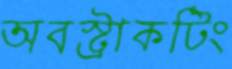
অবস্ট্রাকটিং